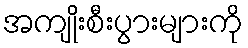
အကျိုးစီးပွားများကို